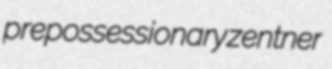
prepossessionary zentner